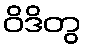
ဝိဒိတွ